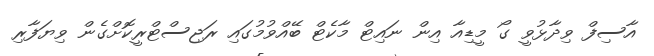
އާސިފް ވިދާޅުވީ ގޯ މީޑިއާ އިން ނައިޓް މާކެޓް ބޭއްވުމުގައި ރަޖިސްޓްރީކޮށްގެން ވިޔަފާރި